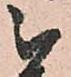
被